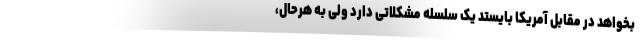
بخواهد در مقابل آمریکا بایستد یک سلسله مشکلاتی دارد ولی به هرحال،